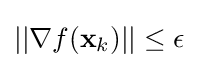
||\nabla f(\mathbf {x} _{k})||\leq \epsilon